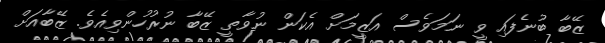
ޒޭބާ ބުނެފައި ވީ ނަމަވެސް އަޒީމަށް އެކަން ނުވާތީ ޒޭބާ ނުރުހުންވިއެވެ. ޒޭބާއަށް